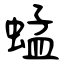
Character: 蜢